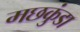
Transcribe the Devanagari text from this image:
मछकुंडा